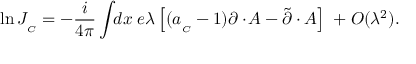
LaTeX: \ln J _ { _ C } = - \frac { i } { 4 \pi } \int \! \! d x \; e \lambda \left[ ( a _ { _ C } - 1 ) \partial \cdotp \! A - \tilde { \partial } \cdotp A \right] \; + { \cal O } ( \lambda ^ { 2 } ) .